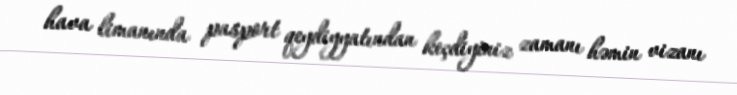
hava limanında pasport qeydiyyatından keçdiyiniz zamanı həmin vizanı